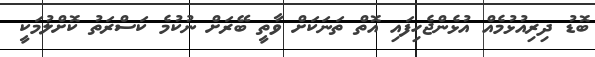
ބޮޑު ދިރިއުޅުމެއް އުޅެންޖެހިފައި އޮތް ތަނަކަށް ވާތީ ބޭރަށް ނުކުމެ ކަސްރަތު ކޮށްލުމަކީ